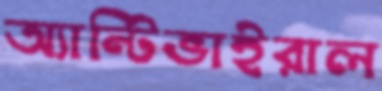
অ্যান্টিভাইরাল